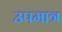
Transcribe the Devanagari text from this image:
उपमात्र